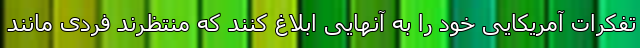
تفکرات آمریکایی خود را به آنهایی ابلاغ کنند که منتظرند فردی مانند